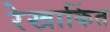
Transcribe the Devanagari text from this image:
रेखाकिंत